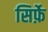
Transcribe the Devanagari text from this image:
सिर्फ़े